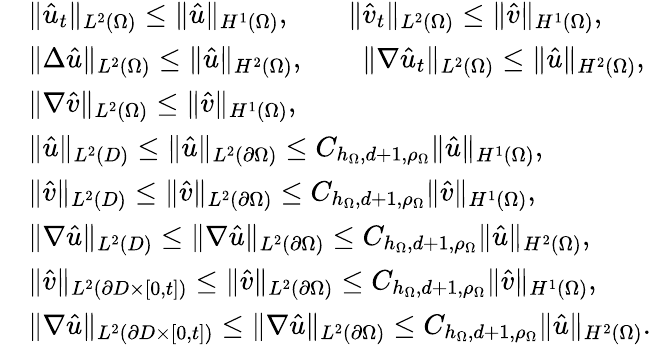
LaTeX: \begin{array}{rl}&{\| \hat{u}_{t}\| _{L^{2}(\Omega)}\leq\| \hat{u}\| _{H^{1}(\Omega)},\qquad\| \hat{v}_{t}\| _{L^{2}(\Omega)}\leq\| \hat{v}\| _{H^{1}(\Omega)},}\\ &{\| \Delta\hat{u}\| _{L^{2}(\Omega)}\leq\| \hat{u}\| _{H^{2}(\Omega)},\qquad\| \nabla\hat{u}_{t}\| _{L^{2}(\Omega)}\leq\| \hat{u}\| _{H^{2}(\Omega)},}\\ &{\| \nabla\hat{v}\| _{L^{2}(\Omega)}\leq\| \hat{v}\| _{H^{1}(\Omega)},}\\ &{\| \hat{u}\| _{L^{2}(D)}\leq\| \hat{u}\| _{L^{2}(\partial\Omega)}\leq C_{h_{\Omega},d+1,\rho_{\Omega}}\| \hat{u}\| _{H^{1}(\Omega)},}\\ &{\| \hat{v}\| _{L^{2}(D)}\leq\| \hat{v}\| _{L^{2}(\partial\Omega)}\leq C_{h_{\Omega},d+1,\rho_{\Omega}}\| \hat{v}\| _{H^{1}(\Omega)},}\\ &{\| \nabla\hat{u}\| _{L^{2}(D)}\leq\| \nabla\hat{u}\| _{L^{2}(\partial\Omega)}\leq C_{h_{\Omega},d+1,\rho_{\Omega}}\| \hat{u}\| _{H^{2}(\Omega)},}\\ &{\| \hat{v}\| _{L^{2}(\partial D\times[0,t])}\leq\| \hat{v}\| _{L^{2}(\partial\Omega)}\leq C_{h_{\Omega},d+1,\rho_{\Omega}}\| \hat{v}\| _{H^{1}(\Omega)},}\\ &{\| \nabla\hat{u}\| _{L^{2}(\partial D\times[0,t])}\leq\| \nabla\hat{u}\| _{L^{2}(\partial\Omega)}\leq C_{h_{\Omega},d+1,\rho_{\Omega}}\| \hat{u}\| _{H^{2}(\Omega)}.}\end{array}